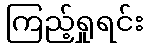
ကြည့်ရှုရင်း